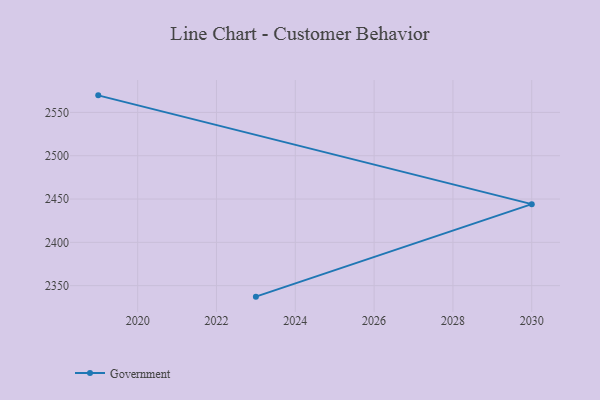
{"axis": {"x": "Year", "y": "Shipments"}, "legend": ["Government"], "data": [{"x": "2023", "y": 2337.3, "type": "Government"}, {"x": "2030", "y": 2444.1, "type": "Government"}, {"x": "2019", "y": 2569.7, "type": "Government"}]}